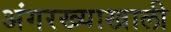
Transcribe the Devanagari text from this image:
अंगरख्याखाली